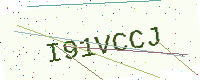
Text: I91VCCJ